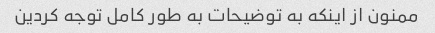
ممنون از اینکه به توضیحات به طور کامل توجه کردین